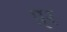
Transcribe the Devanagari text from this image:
प्र्र